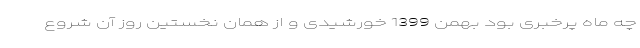
چه ماه پُرخبری بود بهمن 1399 خورشیدی و از همان نخستین روز آن شروع